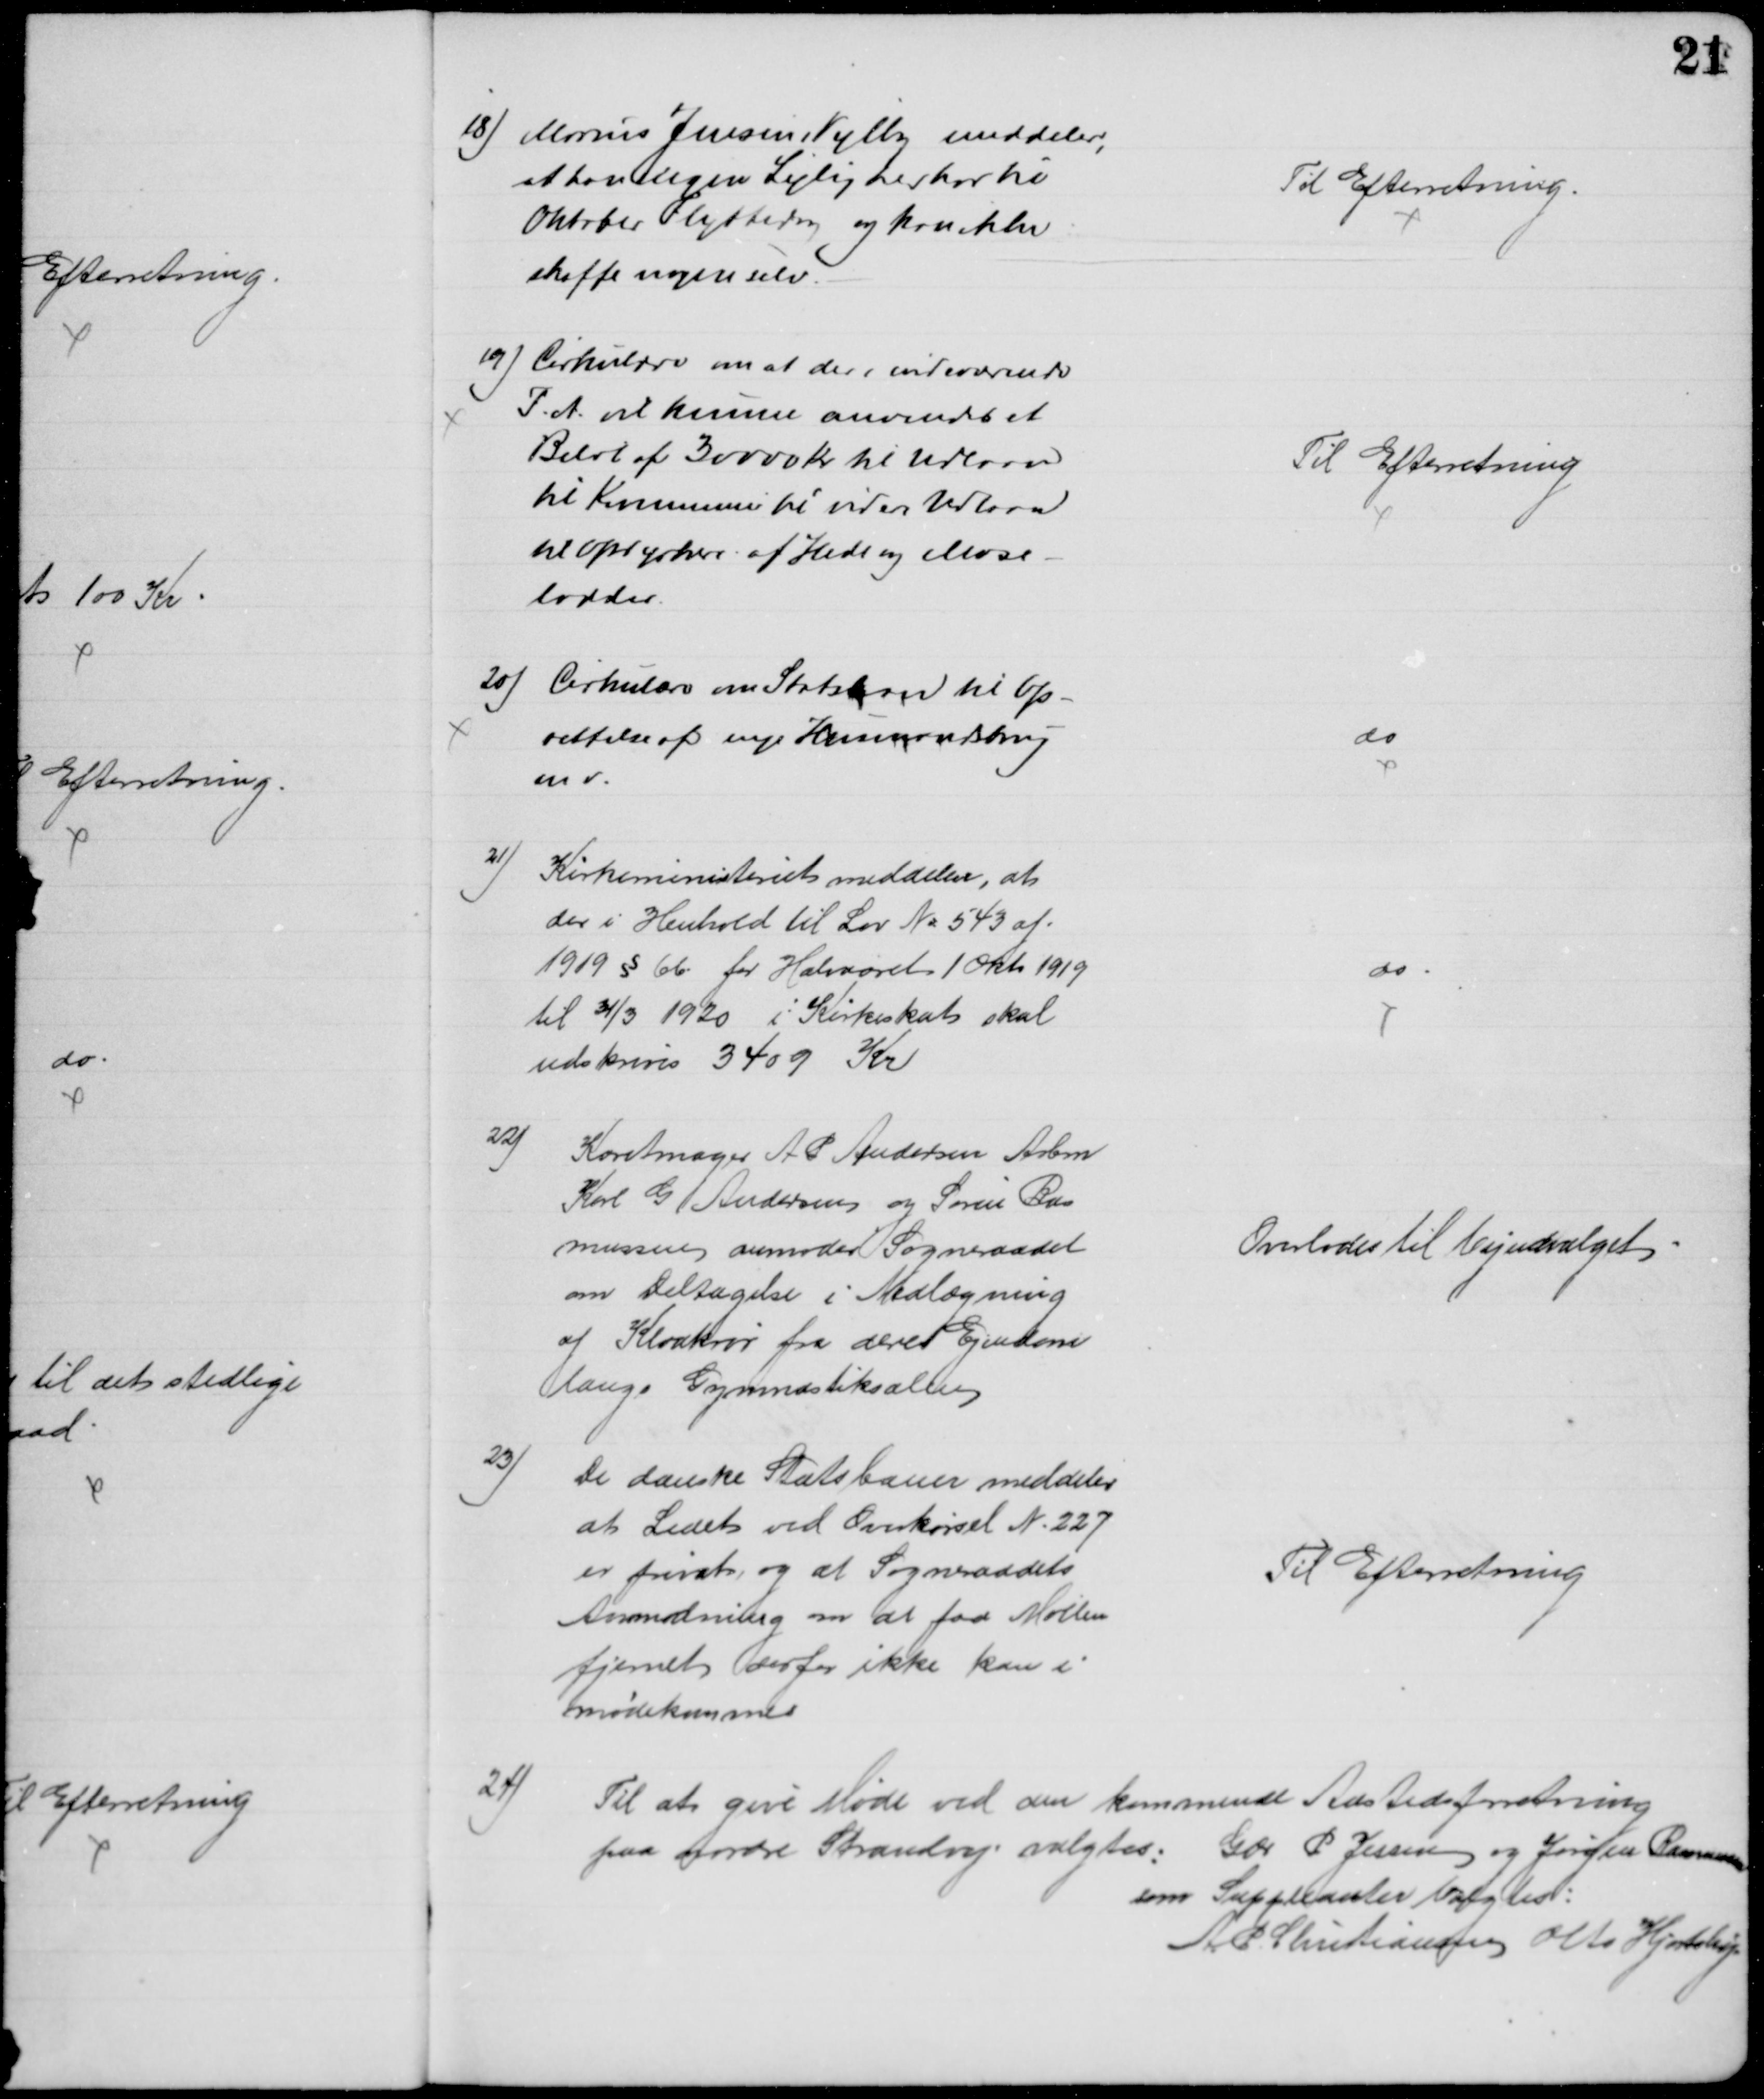
Transskription:
18) Marius Jensen, Vejlby meddeler,
at han ingen Lejlighed har til
Oktober Flyttedag og kan ikke
skaffe nogen selv.
Til Efterretning.
19) Cirkulære om at der i indeværende
F.A. vil kunne anvendes et
Beløb af 30000 Kr til Udlaan
til Kommunen til videre Udlaan
til Opdyrkere af Hede og Mose-
lodder.
Til Efterretning
20) Cirkulære om Statslaan til Op-
rettelse af nye Husmandsbrug
mv.
do
21)
Kirkeministeriet meddeler, at
der i Henhold til Lov № 543 af
1919 § 66 for Halvaaret 1 Okt. 1919
til 31/3 1920 i Kirkeskat skal
udskrives 3409 Kr
do
22)
Karetmager A P Andersen Arbm
Karl G Andersen og Søren Ras
mussen anmoder Sogneraadet 
om Deltagelse i Nedlægning
af Kloakrør fra deres Ejendom
langs Gymnastiksalen
Overlodes til Vejudvalget
23)
De danske Statsbaner meddeler
at Ledet ved Overkørsel N. 227
er privat, og at Sogneraadets
Anmodning om at faa Møllen
fjernet derfor ikke kan i
mødekommes
Til Efterretning
24)
Til at give Møde ved den kommende Aastedsforretning
paa nordre Strandvej valgtes: Gdr P. Jessen og Jørgen Rasmussen
som Suppleanter valgtes:
A. P. Christiansen Otto Hjortshøj